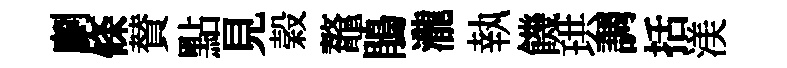
劘條賛點見榖鼇鵑瀧執饑珙調括渼